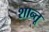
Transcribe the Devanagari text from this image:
शान्तू